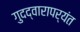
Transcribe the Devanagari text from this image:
गुदद्वारापर्यंत